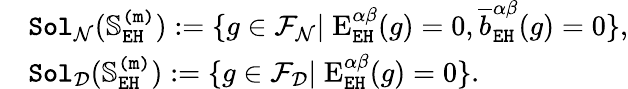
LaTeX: \begin{array}{rl}&{\mathtt{Sol}_{\mathcal{N}}(\mathbb{S}_{\mathtt{EH}}^{\mathtt{(m)}}):=\{ g\in\mathcal{F}_{\mathcal{N}}|\; \mathrm{E}_{\mathtt{EH}}^{\alpha\beta}(g)=0,\overline{{b}}_{\mathtt{EH}}^{\alpha\beta}(g)=0\} ,}\\ &{\mathtt{Sol}_{\mathcal{D}}(\mathbb{S}_{\mathtt{EH}}^{\mathtt{(m)}}):=\{ g\in\mathcal{F}_{\mathcal{D}}|\; \mathrm{E}_{\mathtt{EH}}^{\alpha\beta}(g)=0\} .}\end{array}